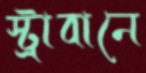
স্ট্রাবানে